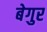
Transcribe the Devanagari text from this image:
बेगुर